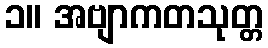
၁။ အဗျာကတသုတ္တ